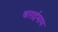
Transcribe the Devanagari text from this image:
बाराईमाम